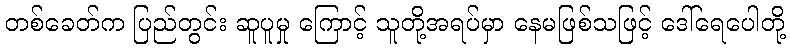
တစ်ခေတ်က ပြည်တွင်း ဆူပူမှု ကြောင့် သူတို့အရပ်မှာ နေမဖြစ်သဖြင့် ဒေါ်ရေပေါတို့